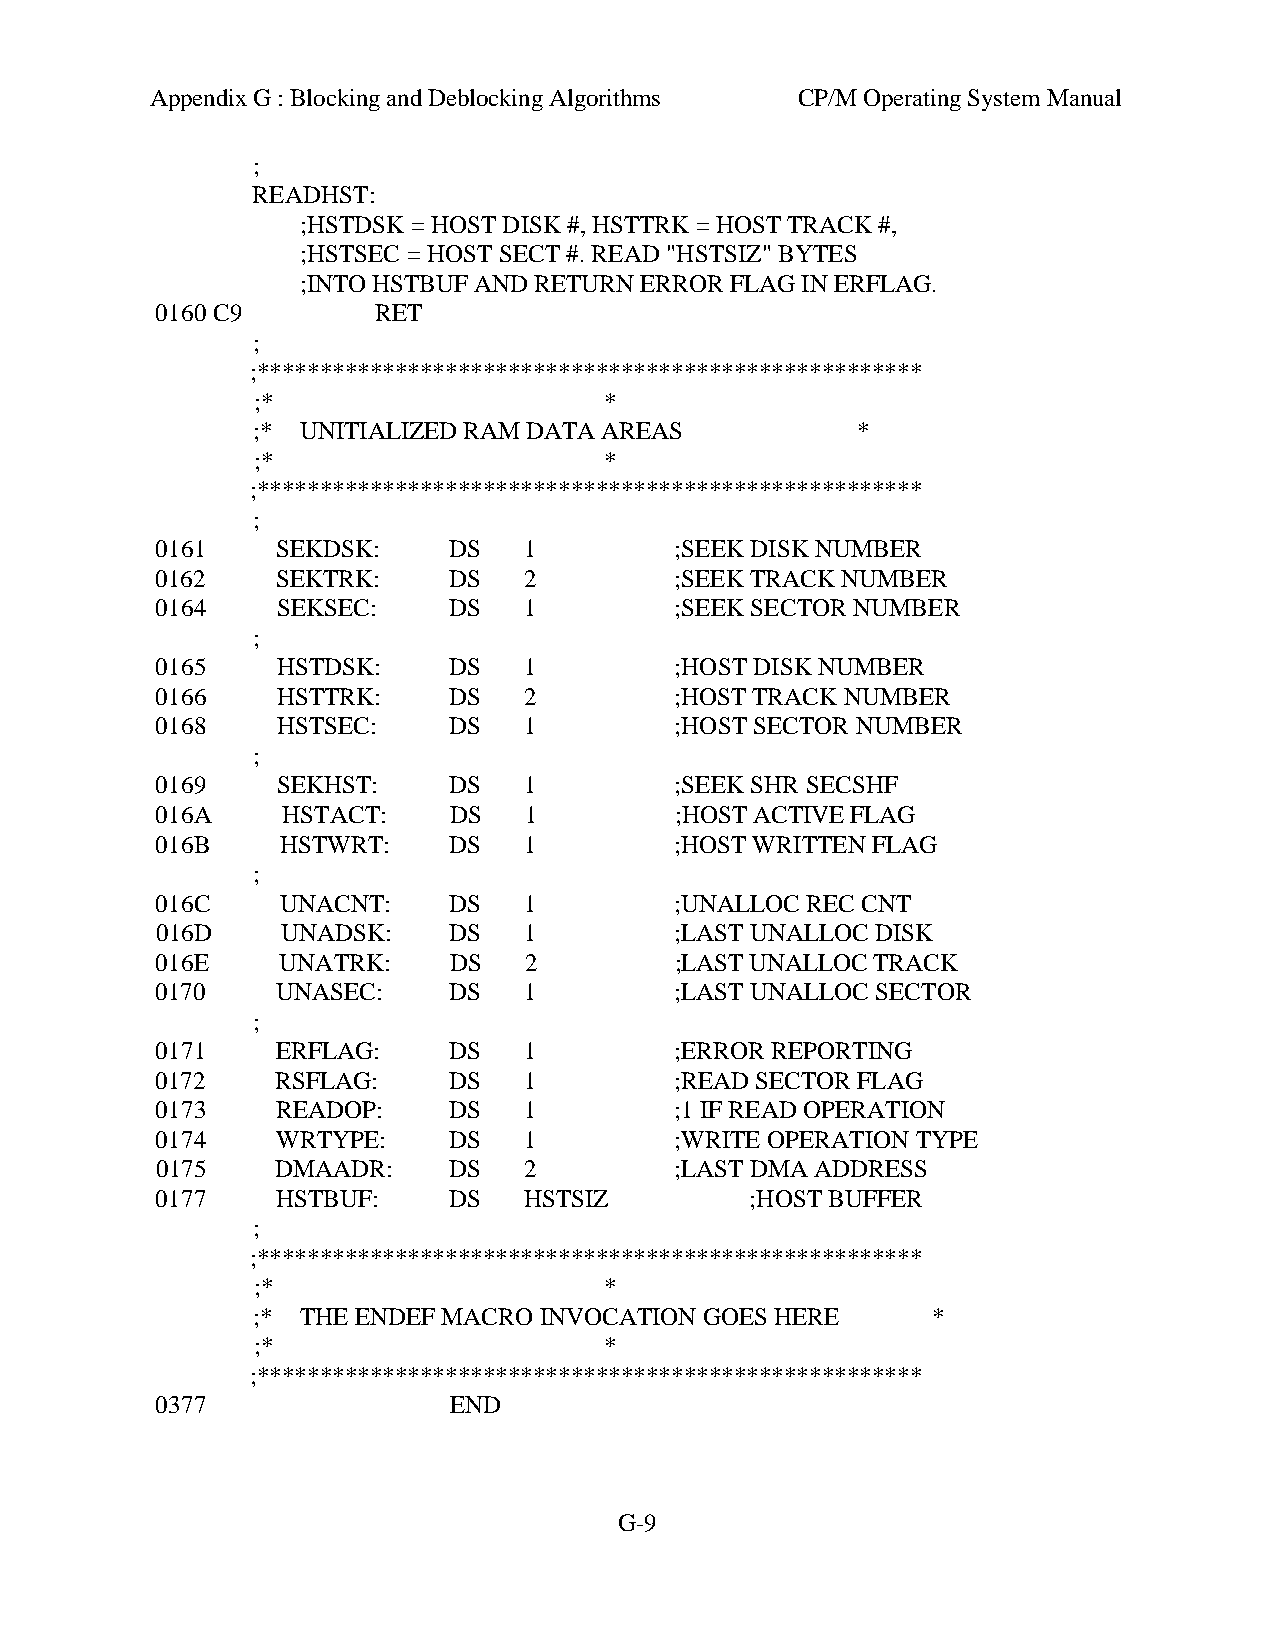
Appendix G : Blocking and Deblocking Algorithms CP/M Operating System Manual
 ;
 READHST:
 ;HSTDSK = HOST DISK #, HSTTRK = HOST TRACK #,
 ;HSTSEC = HOST SECT #. READ "HSTSIZ" BYTES
 ;INTO HSTBUF AND RETURN ERROR FLAG IN ERFLAG.
 0160 C9        RET
 ;
 ;*****************************************************
 ;*                     *
 ;* UNITIALIZED RAM DATA AREAS           *
 ;*                     *
 ;*****************************************************
 ;
 0161    SEKDSK:     DS   1         ;SEEK DISK NUMBER
 0162    SEKTRK:     DS   2         ;SEEK TRACK NUMBER
 0164    SEKSEC:     DS   1         ;SEEK SECTOR NUMBER
 ;
 0165    HSTDSK:     DS   1         ;HOST DISK NUMBER
 0166    HSTTRK:     DS   2         ;HOST TRACK NUMBER
 0168    HSTSEC:     DS   1         ;HOST SECTOR NUMBER
 ;
 0169    SEKHST:     DS   1         ;SEEK SHR SECSHF
 016A     HSTACT:    DS   1         ;HOST ACTIVE FLAG
 016B     HSTWRT:    DS   1         ;HOST WRITTEN FLAG
 ;
 016C     UNACNT:    DS   1         ;UNALLOC REC CNT
 016D     UNADSK:    DS   1         ;LAST UNALLOC DISK
 016E    UNATRK:     DS   2         ;LAST UNALLOC TRACK
 0170    UNASEC:     DS   1         ;LAST UNALLOC SECTOR
 ;
 0171    ERFLAG:     DS   1         ;ERROR REPORTING
 0172    RSFLAG:     DS   1         ;READ SECTOR FLAG
 0173    READOP:     DS   1         ;1 IF READ OPERATION
 0174    WRTYPE:     DS   1         ;WRITE OPERATION TYPE
 0175    DMAADR:     DS   2         ;LAST DMA ADDRESS
 0177    HSTBUF:     DS   HSTSIZ         ;HOST BUFFER
 ;
 ;*****************************************************
 ;*                     *
 ;* THE ENDEF MACRO INVOCATION GOES HERE      *
 ;*                     *
 ;*****************************************************
 0377                END
 G-9